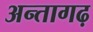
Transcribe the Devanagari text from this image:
अन्तागढ़